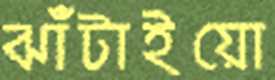
ঝাঁটাইয়ো